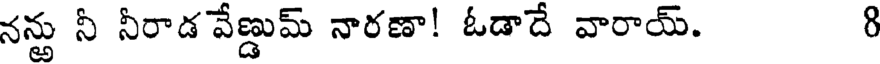
నన్ఱు నీ నీరాడ వేణ్డుమ్ నారణా! ఓడాదే వారాయ్. 8